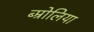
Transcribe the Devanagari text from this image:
ब्म्रोलिया